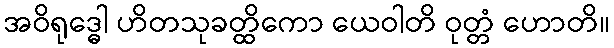
အဝိရုဒ္ဓေါ ဟိတသုခတ္ထိကော ယေဝါတိ ဝုတ္တံ ဟောတိ။